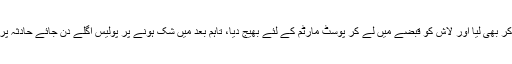
پولیس نے اہل خانہ کی بات پر یقین کر بھی لیا اور لاش کو قبضے میں لے کر پوسٹ مارٹم کے لئے بھیج دیا، تاہم بعد میں شک ہونے پر پولیس اگلے دن جائے حادثہ پر پہنچ گئی اور فورنسک جانچ کرائی۔